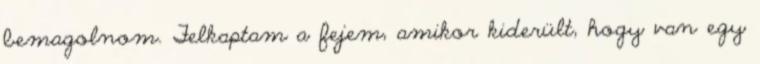
bemagolnom. Felkaptam a fejem, amikor kiderült, hogy van egy